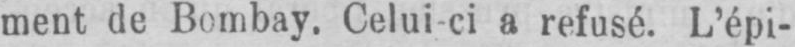
ment de Bombay. Celui-ci a refusé. L’épi-